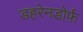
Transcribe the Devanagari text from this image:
डहरेनडोर्फ़